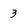
Character: 3